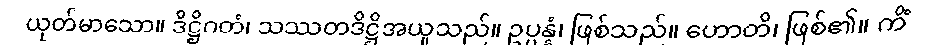
ယုတ်မာသော။ ဒိဋ္ဌိဂတံ၊ သဿတဒိဋ္ဌိအယူသည်။ ဥပ္ပန္နံ၊ ဖြစ်သည်။ ဟောတိ၊ ဖြစ်၏။ ကိံ